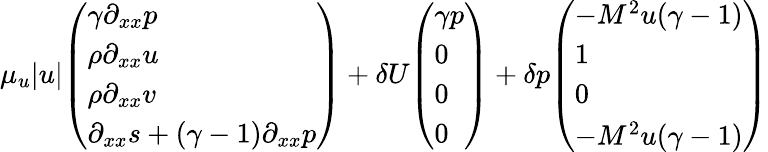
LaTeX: \mu_{u}|u|\begin{array}{l}{\left(\begin{array}{l}{\gamma\partial_{xx}p}\\ {\rho\partial_{xx}u}\\ {\rho\partial_{xx}v}\\ {\partial_{xx}s+(\gamma-1)\partial_{xx}p}\end{array}\right)}\end{array}+\delta U\begin{array}{l}{\left(\begin{array}{l}{\gamma p}\\ {0}\\ {0}\\ {0}\end{array}\right)}\end{array}+\delta p\begin{array}{l}{\left(\begin{array}{l}{-M^{2}u(\gamma-1)}\\ {1}\\ {0}\\ {-M^{2}u(\gamma-1)}\end{array}\right)}\end{array}